Civil Veterinary Department. Central Provinces & Berar 1932-41 - 1932-1941
Year: 1932
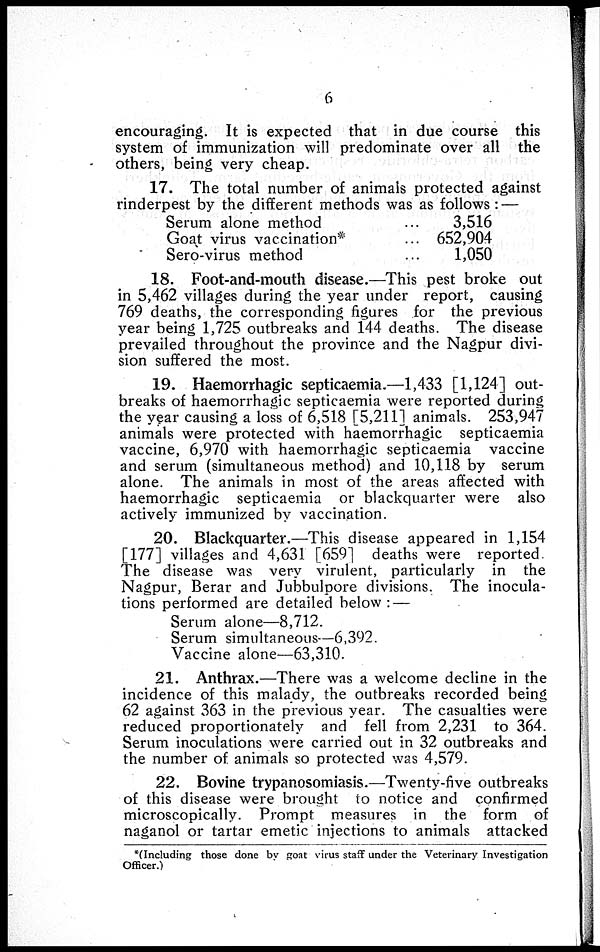
6
encouraging. It is expected that in due course this
system of immunization will predominate over all the
others, being very cheap.
17. The total number of animals protected against
rinderpest by the different methods was as follows : —
Serum alone method ...
Goat virus vaccination* ...
Sero-virus method ...
3,516
652,904
1,050
18. Foot-and-mouth disease.—This pest broke out
in 5,462 villages during the year under report, causing
769 deaths, the corresponding figures for the previous
year being 1,725 outbreaks and 144 deaths. The disease
prevailed throughout the province and the Nagpur divi-
sion suffered the most.
19. Haemorrhagic septicaemia.—1,433 [1,124] out-
breaks of haemorrhagic septicaemia were reported during
the year causing a loss of 6,518 [5,211] animals. 253,947
animals were protected with haemorrhagic septicaemia
vaccine, 6,970 with haemorrhagic septicaemia vaccine
and serum (simultaneous method) and 10,118 by serum
alone. The animals in most of the areas affected with
haemorrhagic septicaemia or blackquarter were also
actively immunized by vaccination.
20. Blackquarter.—This disease appeared in 1,154
[177] villages and 4,631 [659] deaths were reported
The disease was very virulent, particularly in the
Nagpur, Berar and Jubbulpore divisions. The inocula-
tions performed are detailed below : —
Serum alone—8,712.
Serum simultaneous—6,392.
Vaccine alone—63,310.
21. Anthrax.—There was a welcome decline in the
incidence of this malady, the outbreaks recorded being
62 against 363 in the previous year. The casualties were
reduced proportionately and fell from 2,231 to 364.
Serum inoculations were carried out in 32 outbreaks and
the number of animals so protected was 4,579.
22. Bovine trypanosomiasis.—Twenty-five outbreaks
of this disease were brought to notice and confirmed
microscopically. Prompt measures in the form of
naganol or tartar emetic injections to animals attacked
*(Including those done by goat virus staff under the Veterinary Investigation
Officer.)